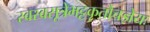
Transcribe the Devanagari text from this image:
स्वस्वसूत्रेभट्टकृतौचज्ञेयः